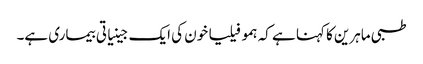
طبی ماہرین کا کہنا ہے کہ ہمو فیلیا خون کی ایک جینیاتی بیماری ہے۔